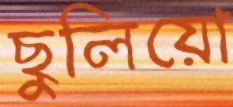
ছুলিয়ো